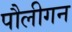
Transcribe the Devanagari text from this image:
पौलीगन